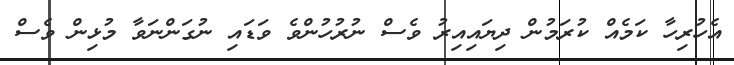
އެހުރިހާ ކަމެއް ކުރަމުން ދިޔައިއިރު ވެސް ނުރުހުންވެ ވަޑައި ނުގަންނަވާ މުޅިން ވެސް